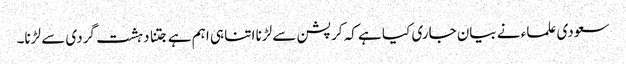
سعودی علماء نے بیان جاری کیا ہے کہ کرپشن سے لڑنا اتنا ہی اہم ہے جتنا دہشت گردی سے لڑنا۔